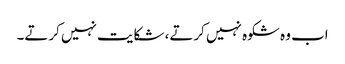
اب وہ شکوہ نہیں کرتے، شکایت نہیں کرتے۔